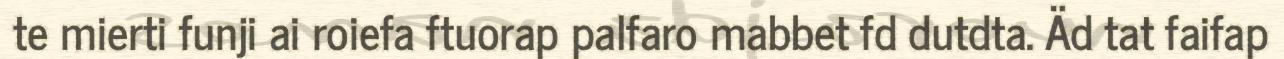
te mierti funji ai roiefa ftuorap palfaro mabbet fd dutdta. Äd tat faifap